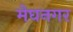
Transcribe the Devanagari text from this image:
मेघनगर